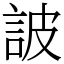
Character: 詖